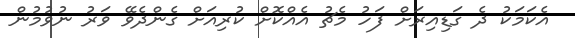
އެކަމަކު ދެ ގަޑިއިރަށް ފަހު މެޗު އެއްކޮށް ކުރިއަށް ގެންދެވޭ ވަރު ނުވުމުން